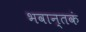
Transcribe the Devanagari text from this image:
भवान्तकं